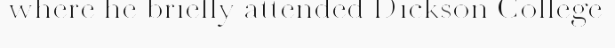
where he briefly attended Dickson College